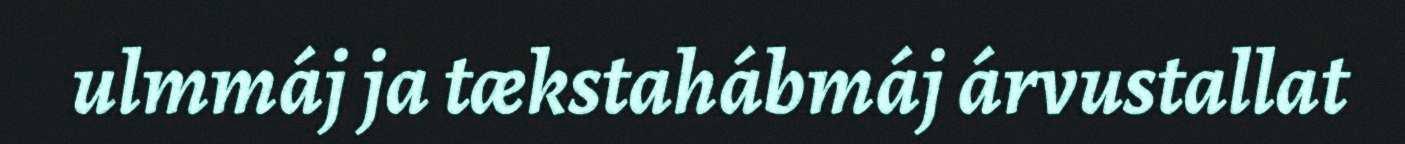
ulmmáj ja tækstahábmáj árvustallat